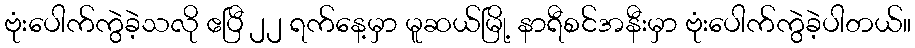
ဗုံးပေါက်ကွဲခဲ့သလို ဧပြီ ၂၂ ရက်နေ့မှာ မူဆယ်မြို့ နာရီစင်အနီးမှာ ဗုံးပေါက်ကွဲခဲ့ပါတယ်။